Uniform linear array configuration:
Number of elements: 64
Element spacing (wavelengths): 0.5
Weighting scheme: hamming
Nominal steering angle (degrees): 45
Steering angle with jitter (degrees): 46.501
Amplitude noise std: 0.05
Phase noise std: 0.05

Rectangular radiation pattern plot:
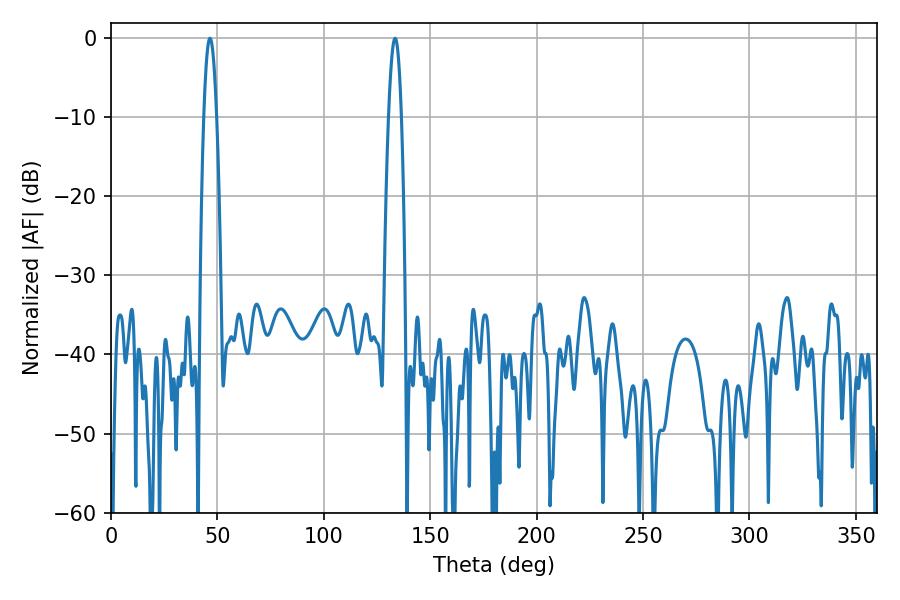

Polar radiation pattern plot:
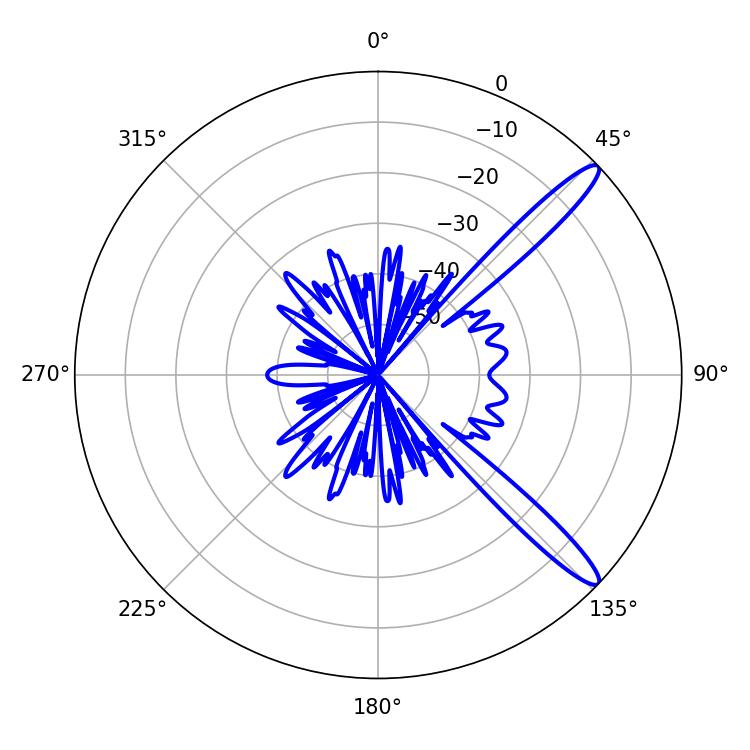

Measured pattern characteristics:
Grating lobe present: FALSE
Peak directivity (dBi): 13.38
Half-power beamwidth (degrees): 3.42
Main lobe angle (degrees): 46.44